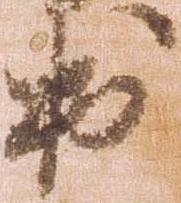
出